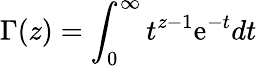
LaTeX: \Gamma(z)=\int_{0}^{\infty}t^{z-1}\mathrm{e}^{-t}dt